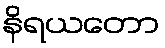
နိရယတော